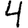
Digit: 4